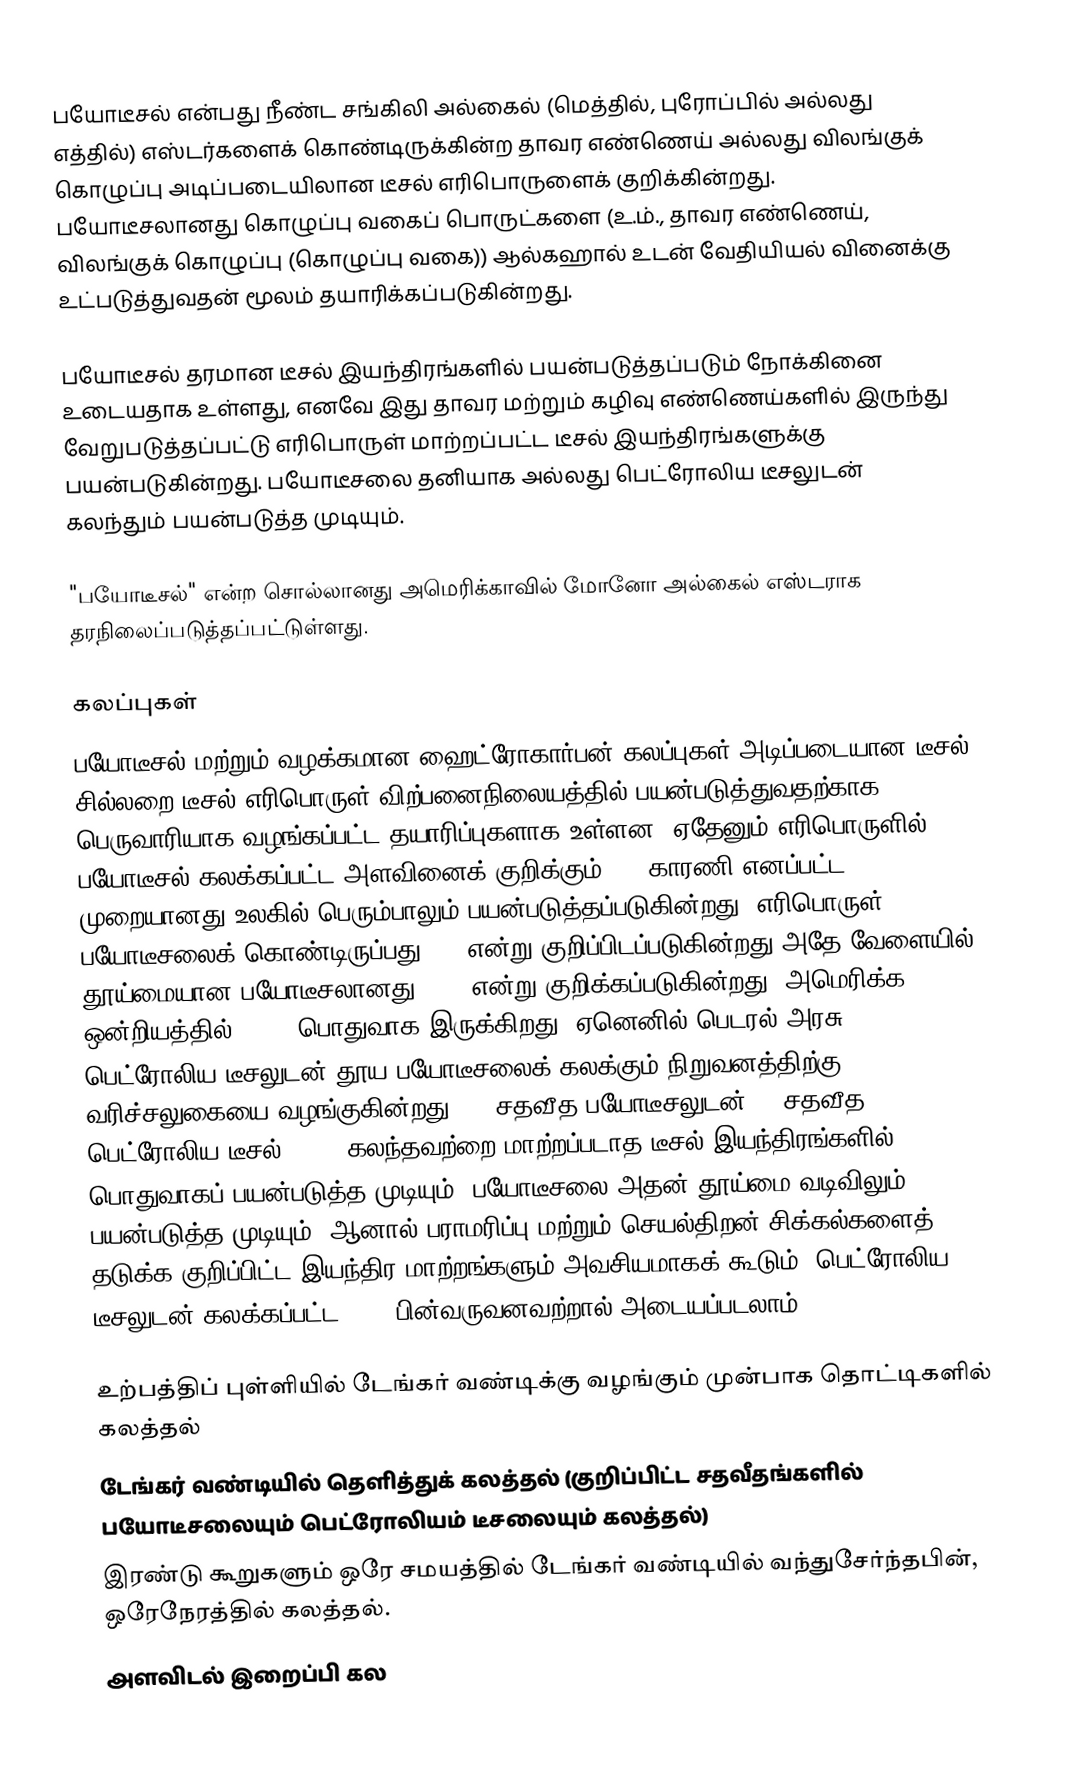
பயோடீசல் என்பது நீண்ட சங்கிலி அல்கைல் (மெத்தில், புரோப்பில் அல்லது எத்தில்) எஸ்டர்களைக் கொண்டிருக்கின்ற தாவர எண்ணெய் அல்லது விலங்குக் கொழுப்பு அடிப்படையிலான டீசல் எரிபொருளைக் குறிக்கின்றது. பயோடீசலானது கொழுப்பு வகைப் பொருட்களை (உ.ம்., தாவர எண்ணெய், விலங்குக் கொழுப்பு (கொழுப்பு வகை)) ஆல்கஹால் உடன் வேதியியல் வினைக்கு உட்படுத்துவதன் மூலம் தயாரிக்கப்படுகின்றது.

பயோடீசல் தரமான டீசல் இயந்திரங்களில் பயன்படுத்தப்படும் நோக்கினை உடையதாக உள்ளது, எனவே இது தாவர மற்றும் கழிவு எண்ணெய்களில் இருந்து வேறுபடுத்தப்பட்டு எரிபொருள் மாற்றப்பட்ட டீசல் இயந்திரங்களுக்கு பயன்படுகின்றது. பயோடீசலை தனியாக அல்லது பெட்ரோலிய டீசலுடன் கலந்தும் பயன்படுத்த முடியும்.

"பயோடீசல்" என்ற சொல்லானது அமெரிக்காவில் மோனோ அல்கைல் எஸ்டராக தரநிலைப்படுத்தப்பட்டுள்ளது.

கலப்புகள்
பயோடீசல் மற்றும் வழக்கமான ஹைட்ரோகார்பன் கலப்புகள் அடிப்படையான டீசல் சில்லறை டீசல் எரிபொருள் விற்பனைநிலையத்தில் பயன்படுத்துவதற்காக பெருவாரியாக வழங்கப்பட்ட தயாரிப்புகளாக உள்ளன. ஏதேனும் எரிபொருளில் பயோடீசல் கலக்கப்பட்ட அளவினைக் குறிக்கும் "B" காரணி எனப்பட்ட முறையானது உலகில் பெரும்பாலும் பயன்படுத்தப்படுகின்றது: எரிபொருள் 20% பயோடீசலைக் கொண்டிருப்பது B20 என்று குறிப்பிடப்படுகின்றது அதே வேளையில் தூய்மையான பயோடீசலானது B100 என்று குறிக்கப்படுகின்றது. அமெரிக்க ஒன்றியத்தில் B99.9 பொதுவாக இருக்கிறது, ஏனெனில் பெடரல் அரசு பெட்ரோலிய டீசலுடன் தூய பயோடீசலைக் கலக்கும் நிறுவனத்திற்கு வரிச்சலுகையை வழங்குகின்றது. 20 சதவீத பயோடீசலுடன் 80 சதவீத பெட்ரோலிய டீசல் (B20) கலந்தவற்றை மாற்றப்படாத டீசல் இயந்திரங்களில் பொதுவாகப் பயன்படுத்த முடியும். பயோடீசலை அதன் தூய்மை வடிவிலும் (B100) பயன்படுத்த முடியும், ஆனால் பராமரிப்பு மற்றும் செயல்திறன் சிக்கல்களைத் தடுக்க குறிப்பிட்ட இயந்திர மாற்றங்களும் அவசியமாகக் கூடும். பெட்ரோலிய டீசலுடன் கலக்கப்பட்ட B100 பின்வருவனவற்றால் அடையப்படலாம்:

 உற்பத்திப் புள்ளியில் டேங்கர் வண்டிக்கு வழங்கும் முன்பாக தொட்டிகளில் கலத்தல்
 டேங்கர் வண்டியில் தெளித்துக் கலத்தல் (குறிப்பிட்ட சதவீதங்களில் பயோடீசலையும் பெட்ரோலியம் டீசலையும் கலத்தல்)
 இரண்டு கூறுகளும் ஒரே சமயத்தில் டேங்கர் வண்டியில் வந்துசேர்ந்தபின், ஒரேநேரத்தில் கலத்தல்.
 அளவிடல் இறைப்பி கல